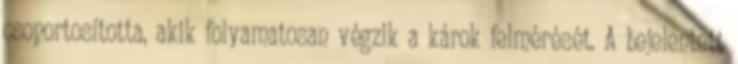
csoportosította, akik folyamatosan végzik a károk felmérését. A bejelentett